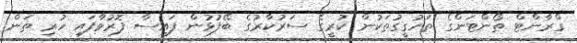
ގްރާންޓް ތޯންޓަންގެ ތަހުގީގުތަކުން ކުރީގެ ސަރުކާރުގެ ބޭފުޅުން ފައިސާ ފޮރުވާފައި ހުރި ތަން